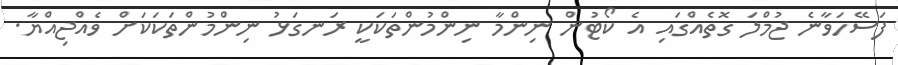
ފަސޭހަވާނެ ޖުމްލަ ގޮތެއްގައި އެ ކޯޓުން ނިންމާ ނިންމުންތަކަކީ ރަނގަޅު ނިންމުންތަކަކަށް ވެއްޖިއްޔާ.